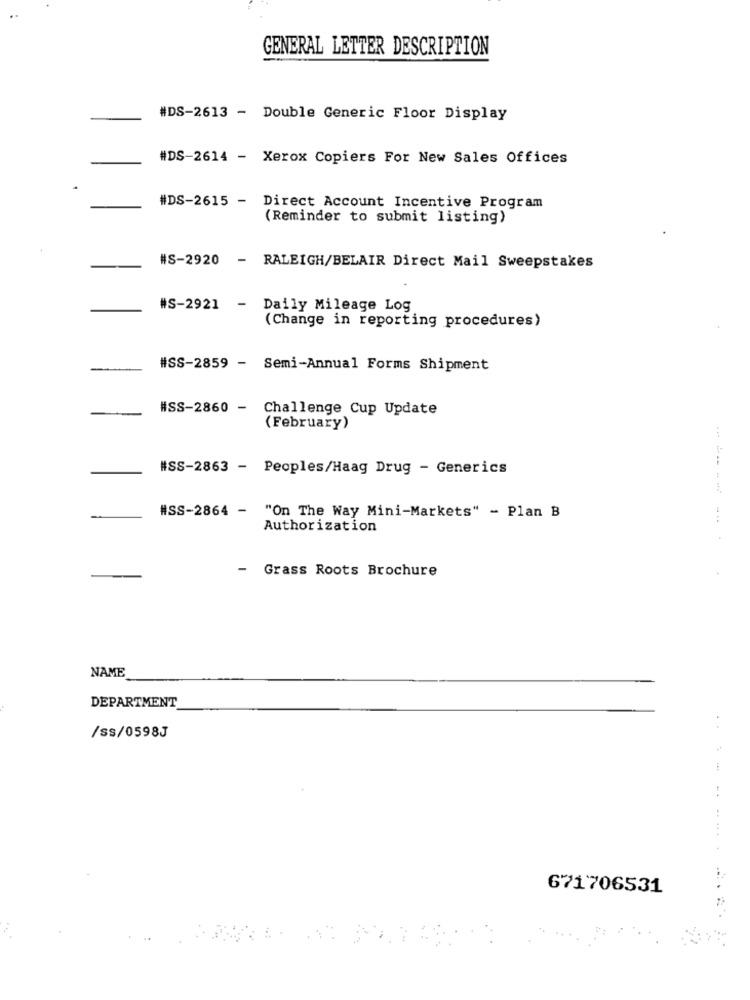
GENERAL LETTER DESCRIPTION
#DS-2613 - Double Generic Floor Display
#DS-2614 - Xerox Copiers For New Sales Offices
#DS-2615 - Direct Account Incentive Program
(Reminder to submit listing)
#S-2920 - RALEIGH/BELAIR Direct Mail Sweepstakes
#S-2921 - Daily Mileage Log
(Change in reporting procedures)
#SS-2859 - Semi-Annual Forms Shipment
#SS-2860 -
Challenge Cup Update
(February)
#SS-2863 - Peoples/Haag Drug - Generics
#SS-2864 - "On The Way Mini-Markets" - Plan B
-...
Authorization
- Grass Roots Brochure
NAME
DEPARTMENT
/ss/0598J
4 4
671706531